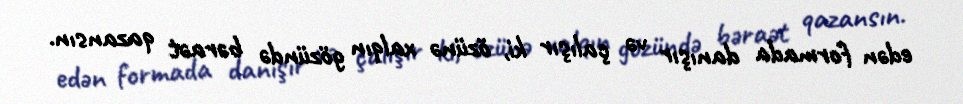
edən formada danışır və çalışır ki, özünə xalqın gözündə bəraət qazansın.